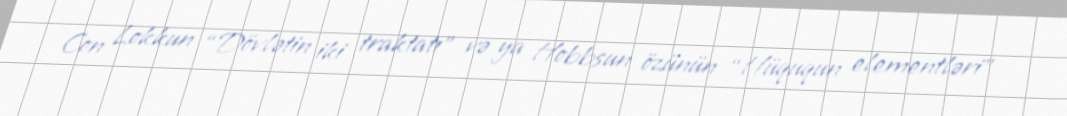
Con Lokkun “Dövlətin iki traktatı” və ya Hobbsun özünün “Hüququn elementləri”